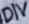
Text: DIV